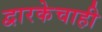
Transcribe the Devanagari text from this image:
द्वारकेचाही